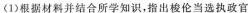
(1)根据材料并结合所学知识，指出梭伦当选执政官